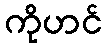
ကိုဟင်